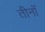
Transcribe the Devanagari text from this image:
तीनॉ